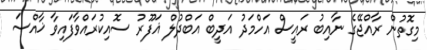
މިގޮތުން ރާއްޖޭގެ ނާއިބު ރައީސް އަހްމަދު އަދީބް އަބްދުލް ޣަފޫރު ސޮއިކުރައްވާފައިވާ ޚާއްސަ